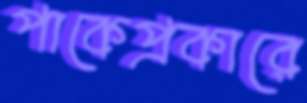
পাকেপ্রকারে